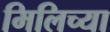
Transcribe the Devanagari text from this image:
मिलिच्या